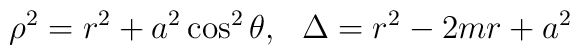
\rho ^{2}= r^{2}+ a ^{2} \cos ^{2 }\theta, ~~\Delta= r^{2}-2mr+ a ^{2}